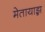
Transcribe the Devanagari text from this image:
मेतायाझ़